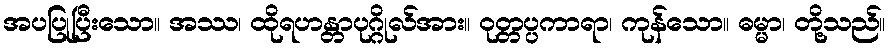
အပပြုပြီးသော။ အဿ၊ ထိုရဟန္တာပုဂ္ဂိုလ်အား။ ဝုတ္တပ္ပကာရာ၊ ကုန်သော။ ဓမ္မာ၊ တို့သည်။